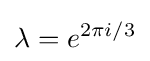
\lambda =e^{2\pi i/3}